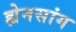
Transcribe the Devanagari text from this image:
ह्येनसांग